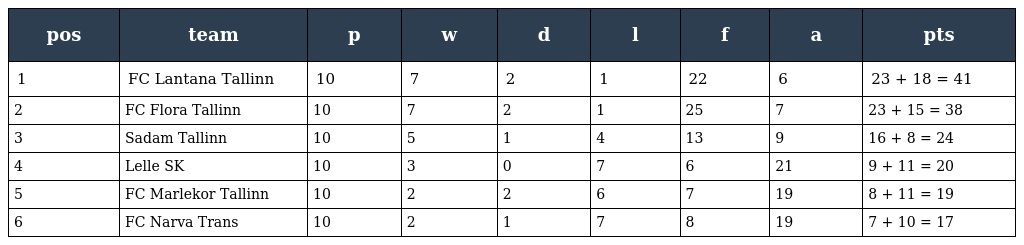
| pos | team | p | w | d | l | f | a | pts |
 | --- | --- | --- | --- | --- | --- | --- | --- | --- |
 | 1 | FC Lantana Tallinn | 10 | 7 | 2 | 1 | 22 | 6 | 23 + 18 = 41 |
 | 2 | FC Flora Tallinn | 10 | 7 | 2 | 1 | 25 | 7 | 23 + 15 = 38 |
 | 3 | Sadam Tallinn | 10 | 5 | 1 | 4 | 13 | 9 | 16 + 8 = 24 |
 | 4 | Lelle SK | 10 | 3 | 0 | 7 | 6 | 21 | 9 + 11 = 20 |
 | 5 | FC Marlekor Tallinn | 10 | 2 | 2 | 6 | 7 | 19 | 8 + 11 = 19 |
 | 6 | FC Narva Trans | 10 | 2 | 1 | 7 | 8 | 19 | 7 + 10 = 17 |